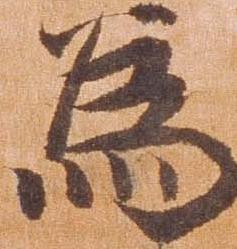
為